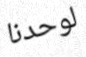
لوحدنا